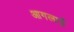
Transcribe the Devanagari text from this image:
आगलाई